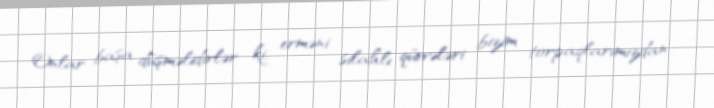
Onlar başa düşməlidirlər ki, erməni silahlı qüvvələri bizim torpaqlarımızdan